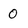
Character: 0